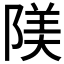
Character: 𨺰